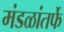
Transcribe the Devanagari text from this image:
मंडळांतर्फे